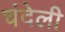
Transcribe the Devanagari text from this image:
चंदेली